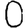
Digit: 0